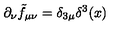
\partial _ { \nu } \tilde { f } _ { \mu \nu } = \delta _ { 3 \mu } \delta ^ { 3 } ( x )